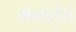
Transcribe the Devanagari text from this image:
भव्यतेत